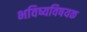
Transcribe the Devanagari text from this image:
भविष्यविषयक